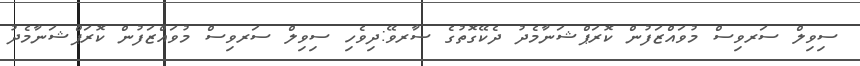
ސިވިލް ސަރވިސް މުވައްޒަފުން ކޮރަޕްޝަނާމެދު ދެކޭގޮތުގެ ސާރވޭ:ދިވެހި ސިވިލް ސަރވިސް މުވައްޒަފުން ކޮރަޕްޝަނާމެދު